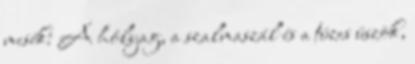
mesék: A hólyag, a szalmaszál és a tüzes üszök,